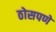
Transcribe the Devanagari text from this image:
ठोसपणे